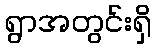
ရွာအတွင်းရှိ